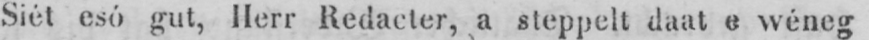
Siét esó gut, Herr Redacter, a steppelt daat e wéneg